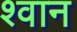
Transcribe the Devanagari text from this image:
श्‍वान